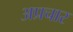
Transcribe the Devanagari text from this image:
अप्रचार